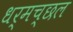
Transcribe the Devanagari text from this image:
धर्मच्छल